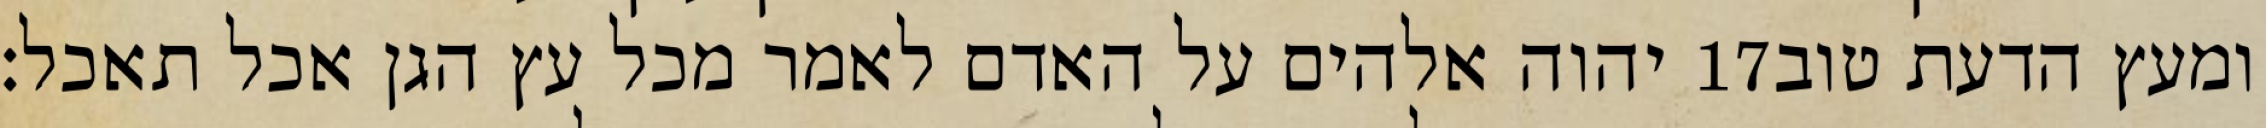
יהוה אלהים על האדם לאמר מכל עץ הגן אכל תאכל׃ ‎17‏ ומעץ הדעת טוב